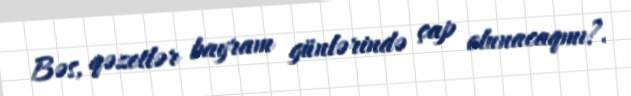
Bəs, qəzetlər bayram günlərində çap olunacaqmı?.